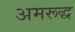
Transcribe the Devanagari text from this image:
अमरूद्ध